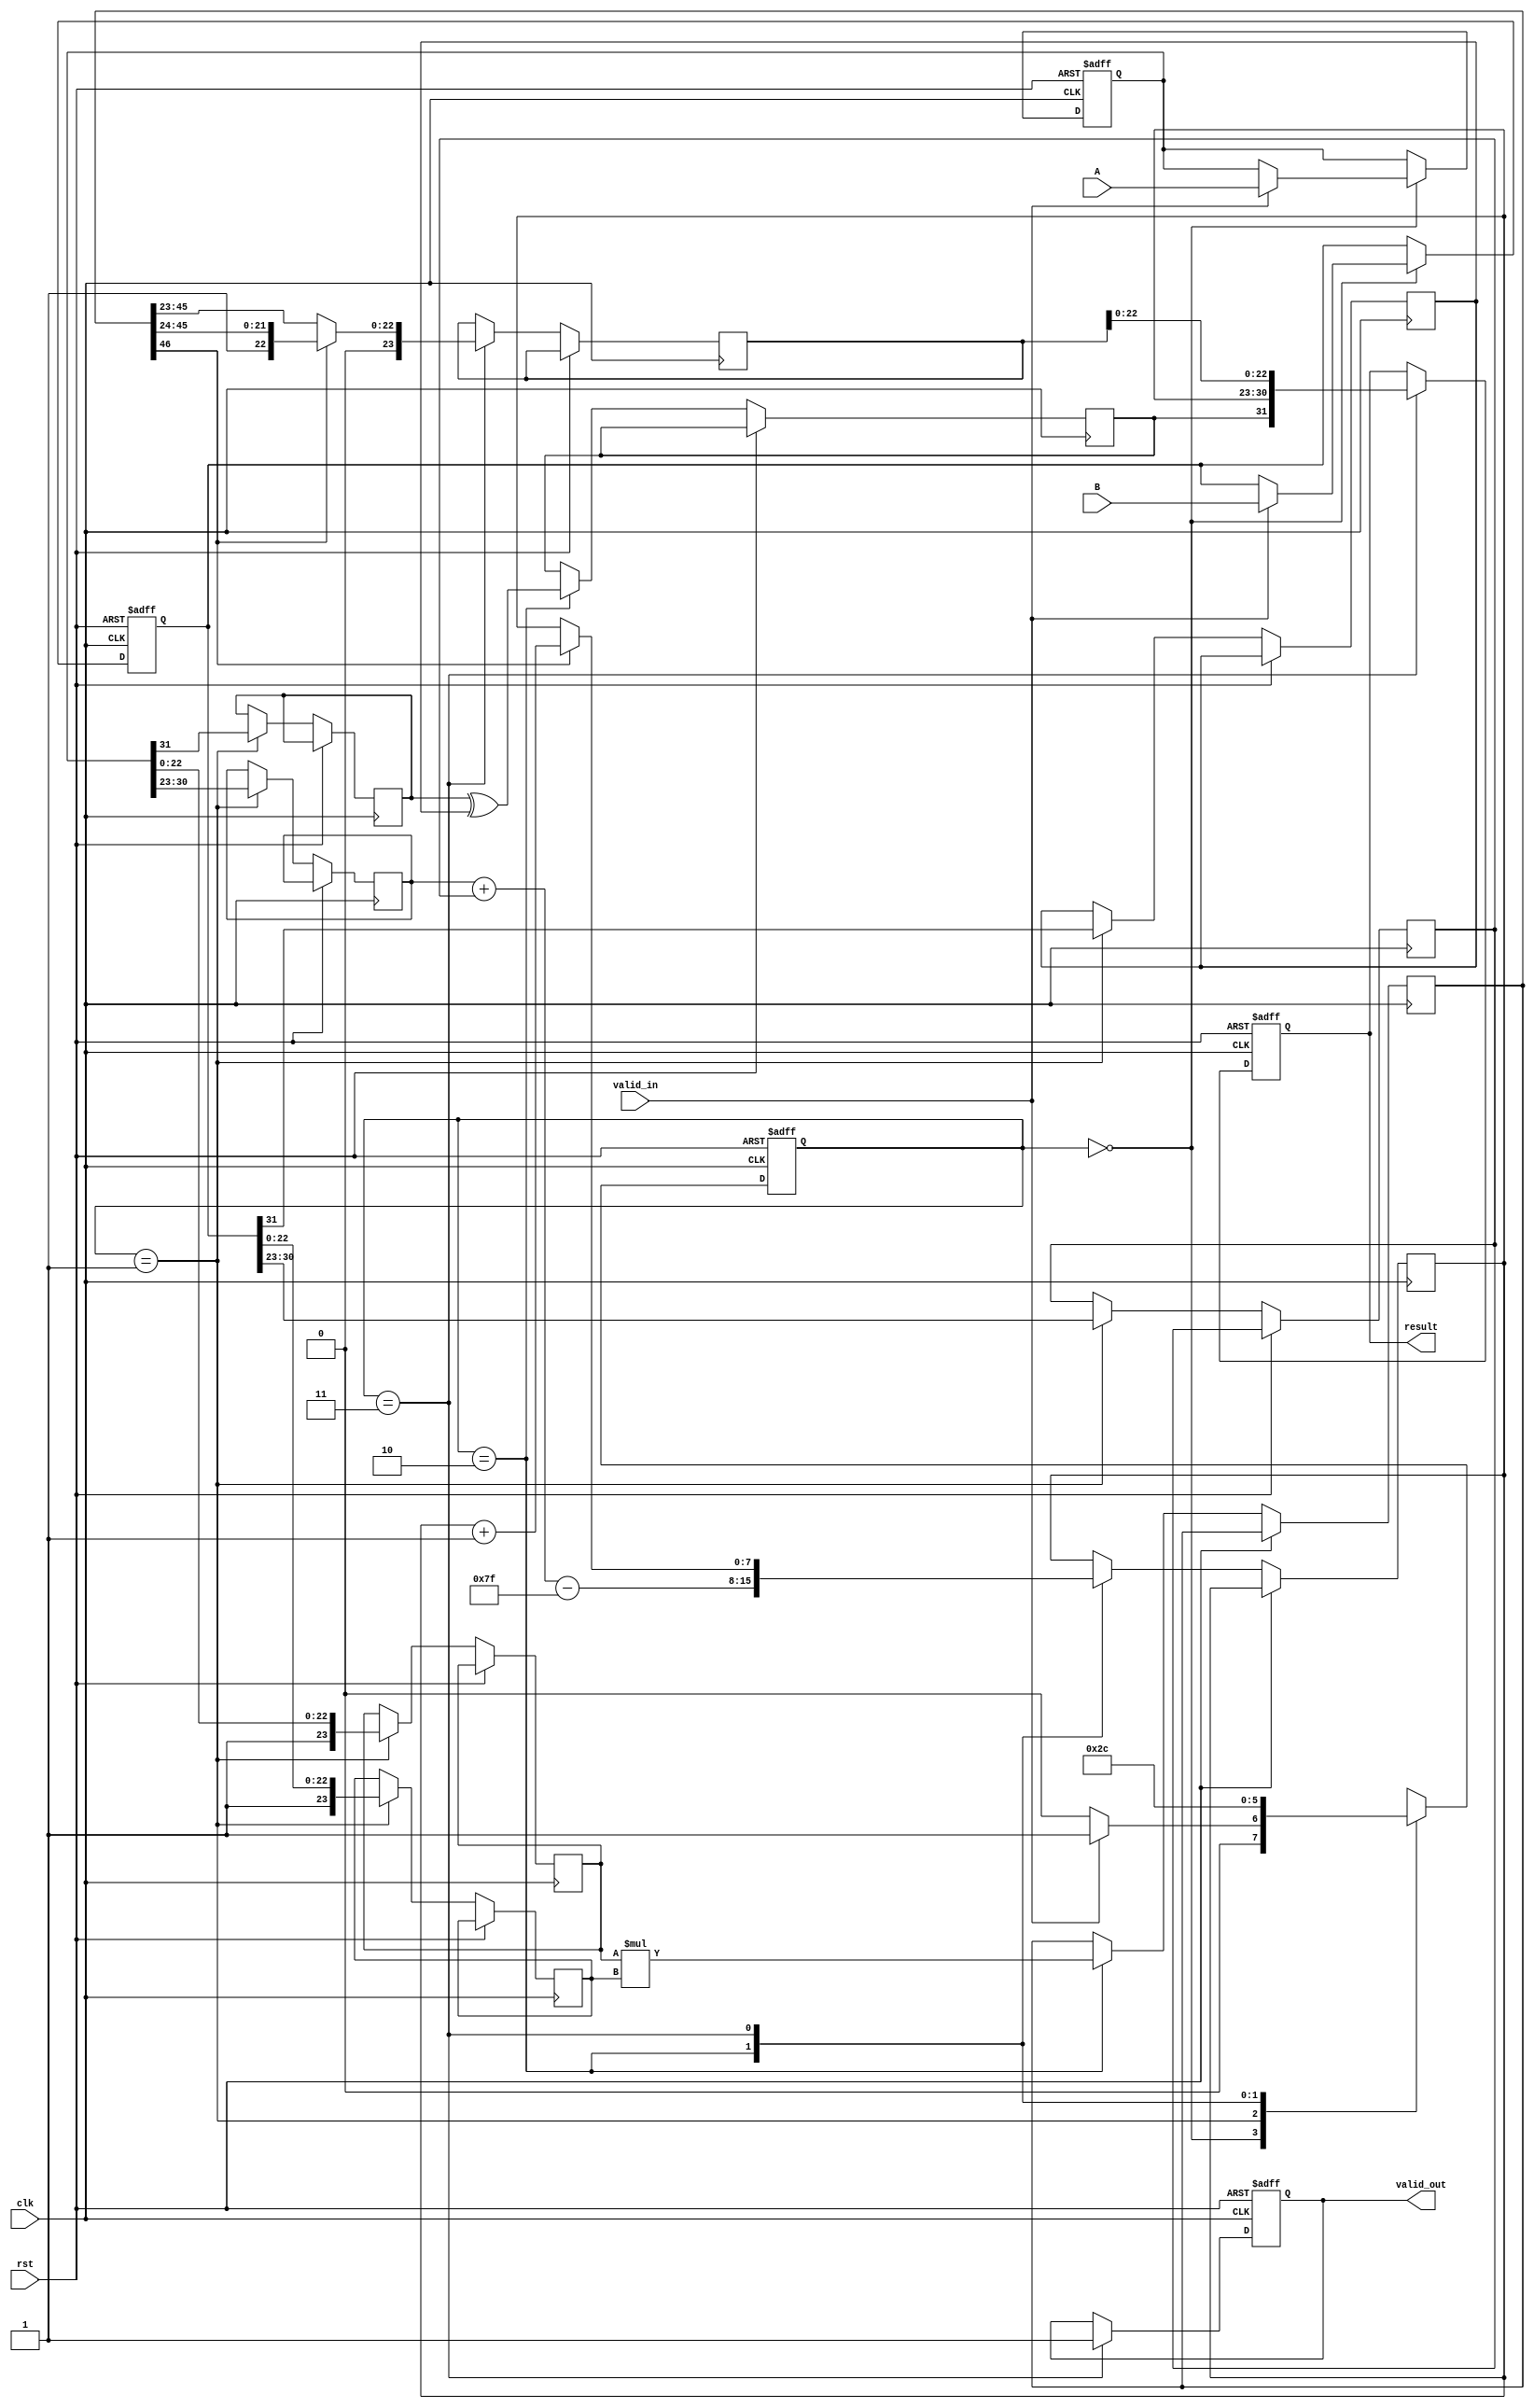
module pipelined_fp_multiplier (
    input clk,
    input rst,
    input valid_in,
    input [31:0] A, // First floating-point operand
    input [31:0] B, // Second floating-point operand
    output reg valid_out,
    output reg [31:0] result // Resulting floating-point product
);

    // Pipeline registers
    reg [31:0] A_reg, B_reg;
    reg [7:0] exp_A, exp_B, exp_result;
    reg [23:0] mant_A, mant_B, mant_result;
    reg sign_A, sign_B, sign_result;
    reg [46:0] mant_product; // 23 + 23 + 1 for overflow
    reg [4:0] shift_amount; // For normalization
    reg [1:0] state, next_state;

    // State encoding
    localparam IDLE = 2'b00,
               EXTRACT = 2'b01,
               MULTIPLY = 2'b10,
               OUTPUT = 2'b11;

    // Control logic for state transitions
    always @(posedge clk or posedge rst) begin
        if (rst) begin
            state <= IDLE;
        end else begin
            state <= next_state;
        end
    end

    // Next state logic
    always @(*) begin
        case (state)
            IDLE: begin
                if (valid_in) next_state = EXTRACT;
                else next_state = IDLE;
            end
            EXTRACT: next_state = MULTIPLY;
            MULTIPLY: next_state = OUTPUT;
            OUTPUT: next_state = IDLE;
            default: next_state = IDLE;
        endcase
    end

    // Pipeline processing
    always @(posedge clk or posedge rst) begin
        if (rst) begin
            A_reg <= 32'b0;
            B_reg <= 32'b0;
            valid_out <= 1'b0;
            result <= 32'b0;
        end else begin
            case (state)
                IDLE: begin
                    if (valid_in) begin
                        A_reg <= A;
                        B_reg <= B;
                    end
                end
                EXTRACT: begin
                    // Extract sign, exponent, and mantissa
                    sign_A <= A_reg[31];
                    exp_A <= A_reg[30:23];
                    mant_A <= {1'b1, A_reg[22:0]}; // Implicit leading 1 for normalized numbers
                    sign_B <= B_reg[31];
                    exp_B <= B_reg[30:23];
                    mant_B <= {1'b1, B_reg[22:0]}; // Implicit leading 1 for normalized numbers
                end
                MULTIPLY: begin
                    // Multiply mantissas
                    mant_product <= mant_A * mant_B;
                    // Calculate exponent
                    exp_result <= exp_A + exp_B - 8'd127; // Subtract bias
                    sign_result <= sign_A ^ sign_B; // XOR for sign
                end
                OUTPUT: begin
                    // Normalize mantissa and calculate final result
                    if (mant_product[46]) begin
                        mant_result <= mant_product[46:24]; // Shift right
                        exp_result <= exp_result + 1; // Increment exponent
                    end else begin
                        mant_result <= mant_product[45:23]; // Keep as is
                    end
                    // Assemble final result
                    result <= {sign_result, exp_result, mant_result[22:0]};
                    valid_out <= 1'b1; // Indicate valid output
                end
            endcase
        end
    end

endmodule